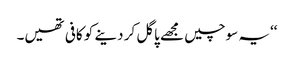
‘‘یہ سوچیں مجھے پاگل کر دینے کو کافی تھیں۔